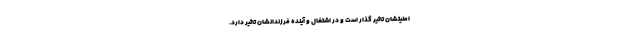
امنیتشان تاثیر گذار است و در اشتغال و آینده فرزندانشان تاثیر دارد.